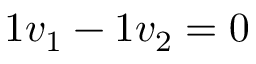
1 v _ { 1 } - 1 v _ { 2 } = 0